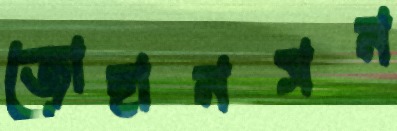
জোহানসন